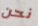
نحن